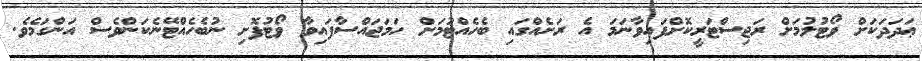
ޢަދަދަކަށް ވޯޓުލުމަށް ރަޖިސްޓަރީކޮށްފައިވާނަމަ އެ ރަށެއްގައި ބެހެއްޓުމަށް ހަމަޖައްސާފައިވާ ވޯޓުފޮށި ނުބެހެއްޓޭނެކަންވެސް އަންގަމެވެ.